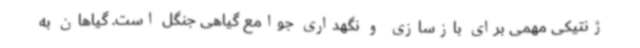
ژنتیکی مهمی برای بازسازی و نگهداری جوامع گیاهی جنگل است. گیاهان به